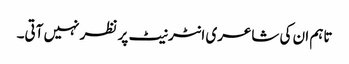
تاہم ان کی شاعری انٹرنیٹ پر نظر نہیں آتی۔